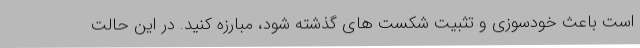
است باعث خودسوزی و تثبیت شکست های گذشته شود، مبارزه کنید. در این حالت